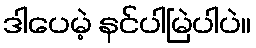
ဒါပေမဲ့ နင်ပါမြဲပါပဲ။